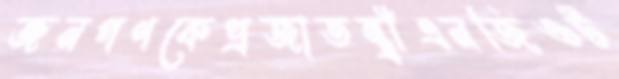
জনগণকেপ্রজাতন্ত্রীএনজিওট